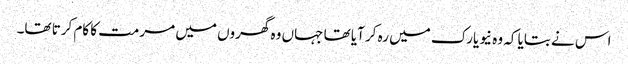
اس نے بتایا کہ وہ نیویارک میں رہ کر آیا تھا جہاں وہ گھروں میں مرمت کا کام کرتا تھا۔